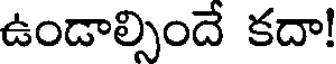
ఉండాల్సిందే కదా!